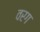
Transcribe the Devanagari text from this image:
वरग